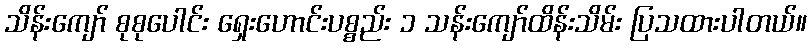
သိန်းကျော် စုစုပေါင်း ရှေးဟောင်းပစ္စည်း ၁ သန်းကျော်ထိန်းသိမ်း ပြသထားပါတယ်။